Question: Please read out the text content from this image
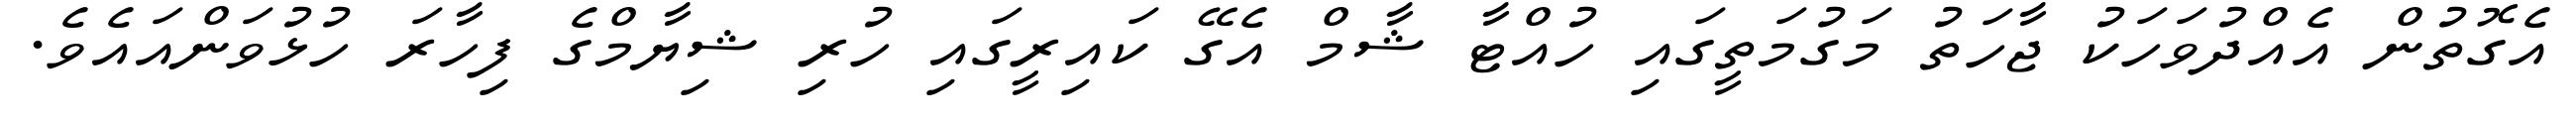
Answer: އެގޮތުން އެއްދުވަހަކު ޖާހަތު މަގުމަތީގައި ހުއްޓާ ޝާމް އެގޭ ކައިރީގައި ހުރި ޝިޔާމްގެ ފިހާރަ ހުޅުވަންއައެވެ.